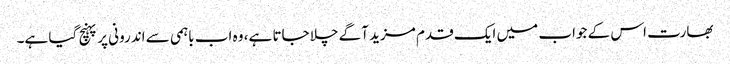
بھارت اس کے جواب میں ایک قدم مزید آگے چلا جاتا ہے، وہ اب باہمی سے اندرونی پر پہنچ گیا ہے۔